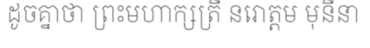
ដូចគ្នាថា ព្រះមហាក្សត្រី នរោត្តម មុនីនា